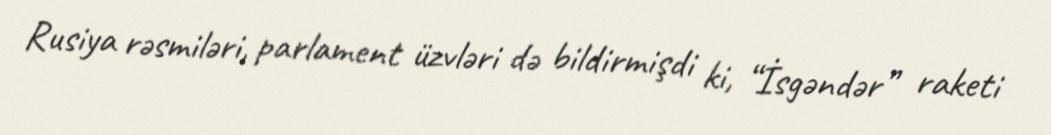
Rusiya rəsmiləri, parlament üzvləri də bildirmişdi ki, “İsgəndər” raketi